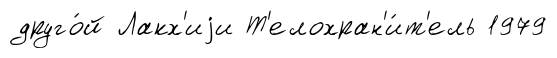
друго́й Лакх'иjи Т'елохран'и́т'ель 1979